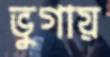
ভুগায়